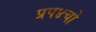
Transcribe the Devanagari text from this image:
प्रप४चो